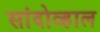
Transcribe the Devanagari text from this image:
सांदोव्हाल